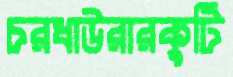
চরধাউরারকুটি